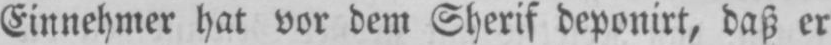
Einnehmer hat vor dem Sherif deponirt, daß er